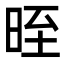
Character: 晊